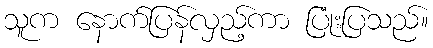
သူက နောက်ပြန်လှည့်ကာ ပြုံးပြသည်။